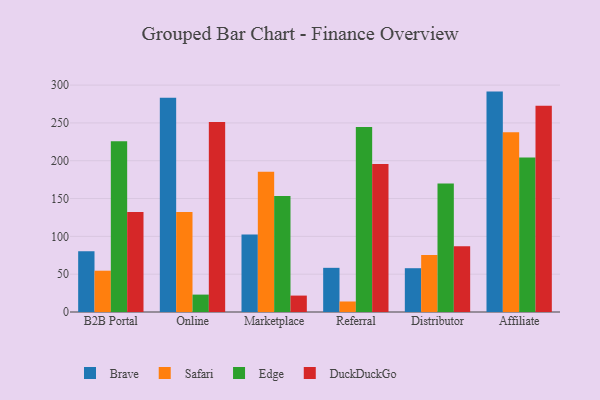
{"axis": {"x": "Channel", "y": "Demand Index"}, "legend": ["Brave", "DuckDuckGo", "Edge", "Safari"], "data": [{"x": "B2B Portal", "y": 80.3, "type": "Brave"}, {"x": "B2B Portal", "y": 54.6, "type": "Safari"}, {"x": "B2B Portal", "y": 225.9, "type": "Edge"}, {"x": "B2B Portal", "y": 132.1, "type": "DuckDuckGo"}, {"x": "Online", "y": 283.3, "type": "Brave"}, {"x": "Online", "y": 132.1, "type": "Safari"}, {"x": "Online", "y": 23.0, "type": "Edge"}, {"x": "Online", "y": 251.2, "type": "DuckDuckGo"}, {"x": "Marketplace", "y": 102.6, "type": "Brave"}, {"x": "Marketplace", "y": 185.3, "type": "Safari"}, {"x": "Marketplace", "y": 153.5, "type": "Edge"}, {"x": "Marketplace", "y": 21.7, "type": "DuckDuckGo"}, {"x": "Referral", "y": 58.4, "type": "Brave"}, {"x": "Referral", "y": 13.9, "type": "Safari"}, {"x": "Referral", "y": 244.5, "type": "Edge"}, {"x": "Referral", "y": 195.8, "type": "DuckDuckGo"}, {"x": "Distributor", "y": 57.9, "type": "Brave"}, {"x": "Distributor", "y": 75.5, "type": "Safari"}, {"x": "Distributor", "y": 169.9, "type": "Edge"}, {"x": "Distributor", "y": 86.9, "type": "DuckDuckGo"}, {"x": "Affiliate", "y": 291.4, "type": "Brave"}, {"x": "Affiliate", "y": 237.7, "type": "Safari"}, {"x": "Affiliate", "y": 204.2, "type": "Edge"}, {"x": "Affiliate", "y": 272.6, "type": "DuckDuckGo"}]}